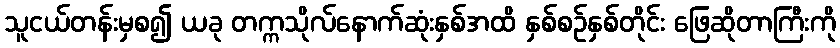
သူငယ်တန်းမှစ၍ ယခု တက္ကသိုလ်နောက်ဆုံးနှစ်အထိ နှစ်စဉ်နှစ်တိုင်း ဖြေဆိုတာကြီးကို